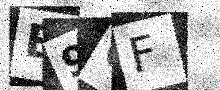
Text: B9CF